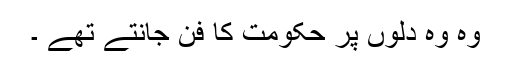
وہ وہ دلوں پر حکومت کا فن جانتے تھے ۔